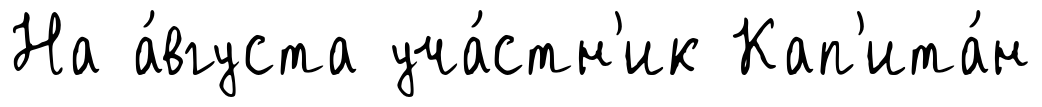
На а́вгуста уча́стн'ик Кап'ита́н